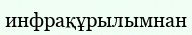
инфрақұрылымнан